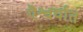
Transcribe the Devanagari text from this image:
ऎश्वर्यात